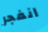
انفجر